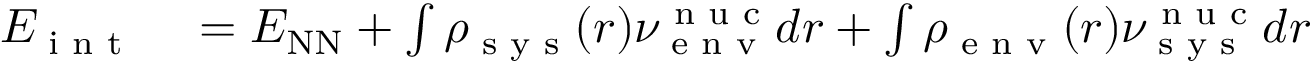
\begin{array} { r l } { E _ { \textrm { i n t } } } & { { } = E _ { \mathrm { N N } } + \int \rho _ { \textrm { s y s } } ( r ) \nu _ { \textrm { e n v } } ^ { \textrm { n u c } } d r + \int \rho _ { \textrm { e n v } } ( r ) \nu _ { \textrm { s y s } } ^ { \textrm { n u c } } d r } \end{array}